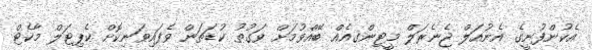
އެކުންފުނީގެ އެނުއަލް ޖެނެރަލް މީޓިންގއެއް ބޭއްވުމަށް ވަގުތު ކުޑަތަން ވެފައިވަނިކޮށް ކެޕިޓަލް މާކެޓް